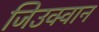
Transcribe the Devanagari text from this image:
जिउक्वान